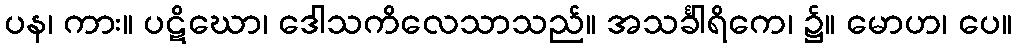
ပန၊ ကား။ ပဋိဃော၊ ဒေါသကိလေသာသည်။ အသင်္ခါရိကေ၊ ၌။ မောဟ၊ ပေ။